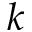
k